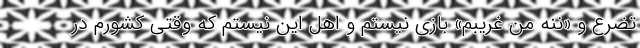
تضرع و «ننه من غریبم» بازی نیستم و اهل این نیستم که وقتی کشورم در